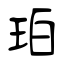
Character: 珀